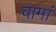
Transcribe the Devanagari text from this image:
वामां